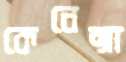
কেনেক্সা